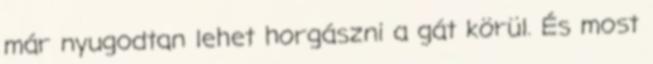
már nyugodtan lehet horgászni a gát körül. És most